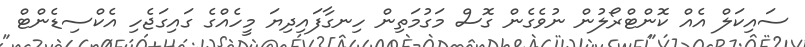
ސައިކަލް އެއް ކޮންޓްރޯލުން ނުވެގެން ގޮސް މަގުމަތިން ހިނގާފައިިދިޔަ މީހެއްގެ ގައިގަޖެހި އެކްސިޑެންޓް